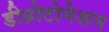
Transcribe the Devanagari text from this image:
डीप्रोटोनेशन